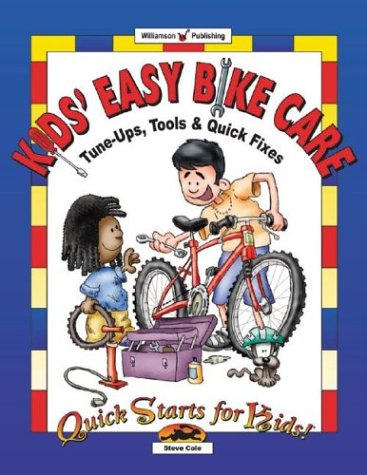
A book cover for Kids' Easy Bike Care: Tune-Ups, Tools & Quick Fixes (Quick Starts for Kids!); Steve Cole; Children's Books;